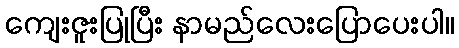
ကျေးဇူးပြုပြီး နာမည်လေးပြောပေးပါ။